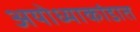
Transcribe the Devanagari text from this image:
अयोध्याकांडात